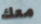
معك